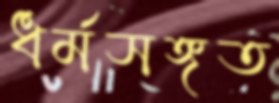
ধর্মসঙ্গত